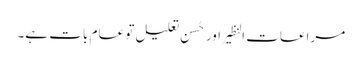
مراعات النظیر اور حُسن تعلیل تو عام بات ہے۔